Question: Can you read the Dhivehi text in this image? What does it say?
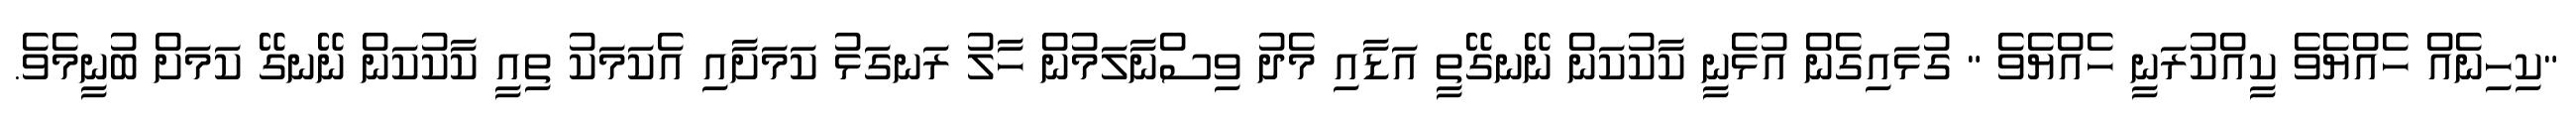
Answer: "ކިހިނެއް ހެއްޔެވެ ކީއްކުރަނީ ހެއްޔެވެ " ގުޅައިގެން އުޅެނީ ކާކުކަން ނޭނގޭތީ އަޑާއި މެދު ވިސްނާލަމުން ހާލު ރަނގަޅު ކަމަށާއި އެކަމަކު ތިއީ ކާކުކަން ނޭނގޭ ކަމަށް ބުނީމެވެ.